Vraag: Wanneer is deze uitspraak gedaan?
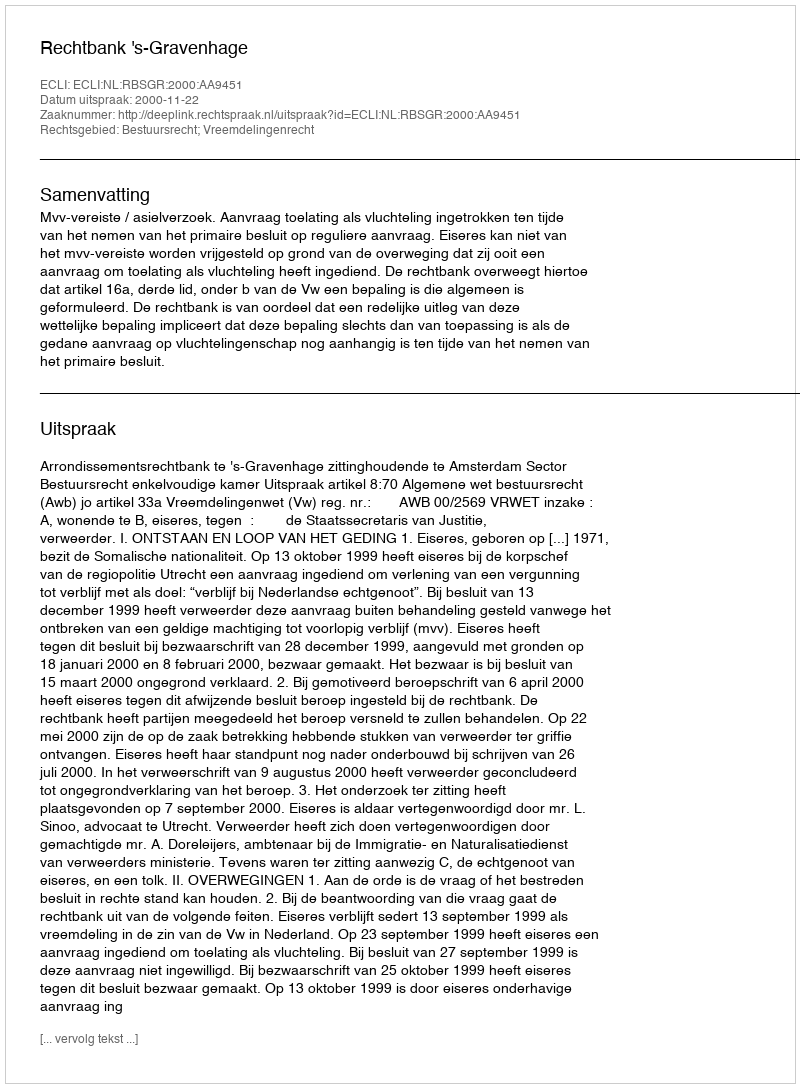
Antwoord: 2000-11-22